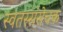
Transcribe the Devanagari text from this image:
स्वतस्संसेचक